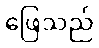
ဖြေသည်